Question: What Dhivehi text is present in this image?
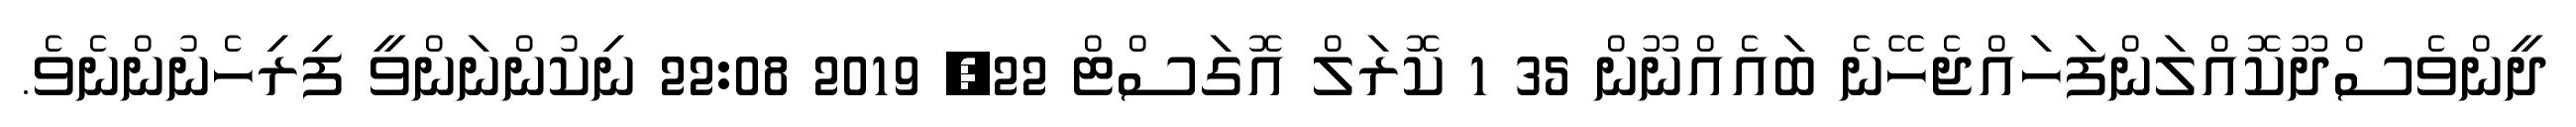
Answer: ދީންވެސްދޫކޮއްލަންފަހައްޖެހޭނެ ބައެއްނޫން 35 1 ކޮރަލް އޮގަސްޓް 22, 2019 22:08 ނިކުންނަންވީ ފިރިހެނުންނެވެ.